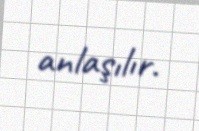
anlaşılır.